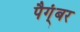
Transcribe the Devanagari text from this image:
पैग्ंबर